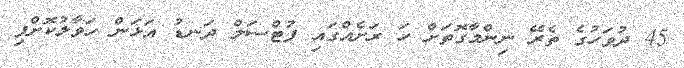
45 ދުވަހުގެ ތެރޭ ނިންމާގޮތަށް ހަ ރަށެއްގައި ފުޓްސަލް ދަނޑު އަޅަން ހަވާލުކޮށްފި